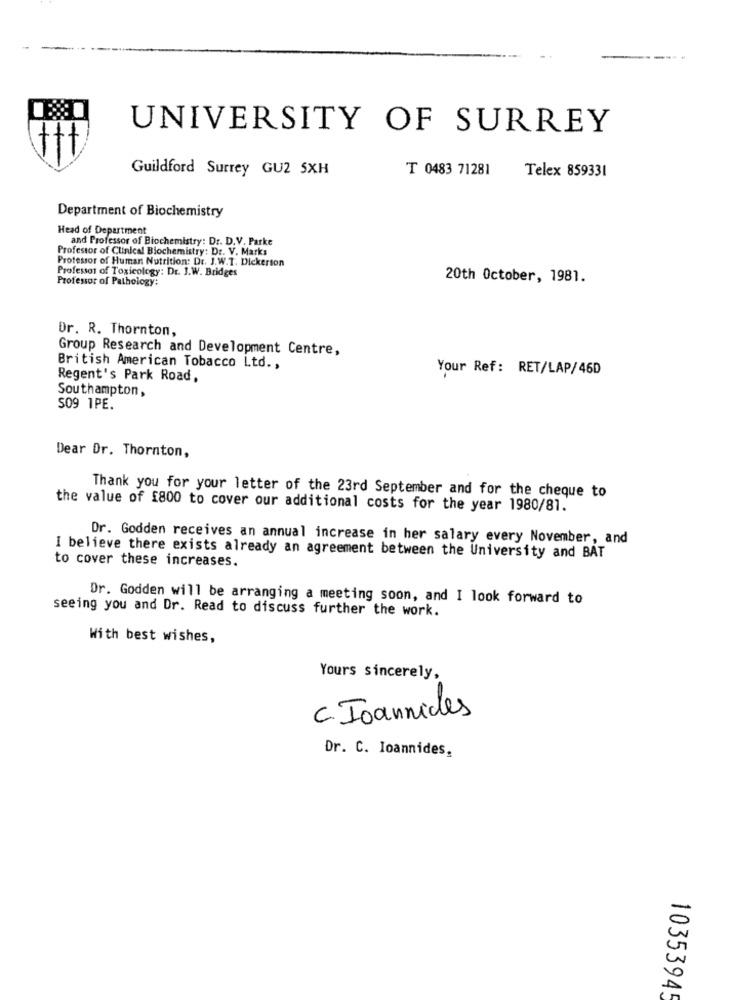
UNIVERSITY OF SURREY
Guildford Surrey GU2 SXH
T 0483 71281
Telex 859331
Department of Biochemistry
Head of Department
and Professor of Biochemistry: Dr. D.V. Parke
Professor of Clinical Biochemistry: Dr. V. Marks
Professor of Human Nutrition: Dr. J.W.T. Dickerson
Professor of Toxicology: Dr. J.W. Bridges
Professor of Pathology:
20th October, 1981.
Dr. R. Thornton,
Group Research and Development Centre,
British American Tobacco Ltd .,
Your Ref: RET/LAP/46D
Regent's Park Road,
Southampton,
S09 1PE.
Dear Dr. Thornton,
Thank you for your letter of the 23rd September and for the cheque to
the value of f800 to cover our additional costs for the year 1980/81.
Dr. Godden receives an annual increase in her salary every November, and
I believe there exists already an agreement between the University and BAT
to cover these increases.
Or. Godden will be arranging a meeting soon, and I look forward to
seeing you and Dr. Read to discuss further the work.
With best wishes,
Yours sincerely,
C. Ioannides
Dr. C. Ioannides,
10353945